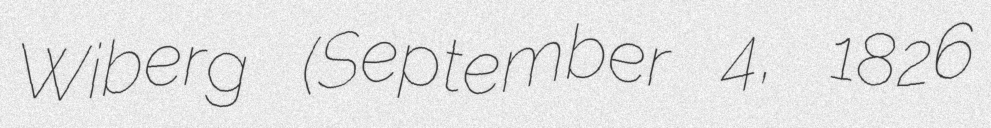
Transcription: Wiberg (September 4, 1826